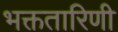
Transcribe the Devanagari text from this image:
भक्ततारिणी